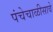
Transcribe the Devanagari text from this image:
पंचेचाळीसावे